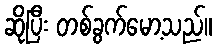
ဆိုပြီး တစ်ခွက်မော့သည်။